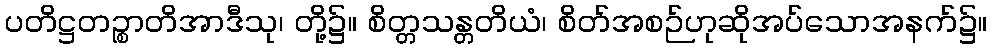
ပတိဋ္ဌတဉ္စာတိအာဒီသု၊ တို့၌။ စိတ္တသန္တတိယံ၊ စိတ်အစဉ်ဟုဆိုအပ်သောအနက်၌။